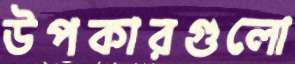
উপকারগুলো